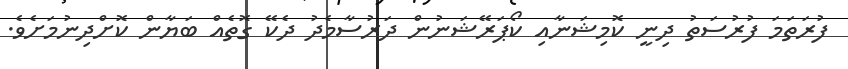
ފުރަތަމަ ފުރުސަތު ދިނީ ކޮމިޝަނާއި ކޯޕަރޭޝަނުން ދަރުސާމެދު ދެކޭ ގޮތެއް ބަޔާން ކޮށްދިނުމަށެވެ.